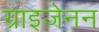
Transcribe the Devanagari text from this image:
ग्राइजेनन